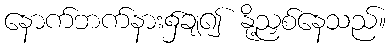
နောက်ဘက်နား၌ချ၍ နို့ညှစ်နေသည်။